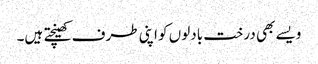
ویسے بھی درخت بادلوں کو اپنی طرف کھینچتے ہیں۔